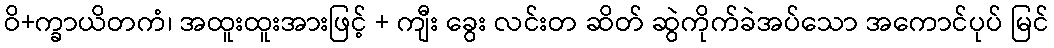
ဝိ+က္ခာယိတကံ၊ အထူးထူးအားဖြင့် + ကျီး ခွေး လင်းတ ဆိတ် ဆွဲကိုက်ခဲအပ်သော အကောင်ပုပ် မြင်